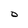
Character: D